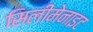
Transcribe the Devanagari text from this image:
सिलीमेनाइट